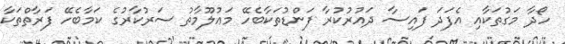
ހޯދާ މަގުތަކާއި އެފަދަ ފައިސާ ދައުރުކުރާ ފަންޑުތަކާބެހޭ މަޢުލޫމާތު ސަރުކާރުގެ ކަމާބެހޭ ފަރާތްތަކާ